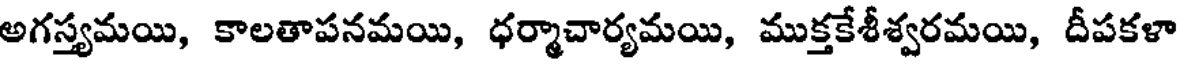
అగస్త్యమయి, కాలతాపనమయి, ధర్మాచార్యమయి, ముక్తకేశీశ్వరమయి, దీపకళా